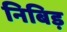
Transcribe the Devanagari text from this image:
निबिड़